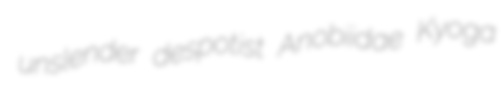
unslender despotist Anobiidae Kyoga